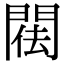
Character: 𨴿